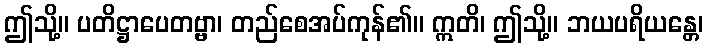
ဤသို့။ ပတိဋ္ဌာပေတဗ္ဗာ၊ တည်စေအပ်ကုန်၏။ ဣတိ၊ ဤသို့။ ဘယပရိယန္တေ၊